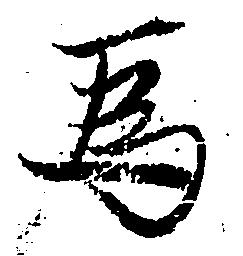
為